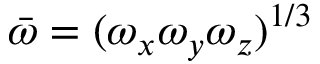
\bar { \omega } = ( \omega _ { x } \omega _ { y } \omega _ { z } ) ^ { 1 / 3 }